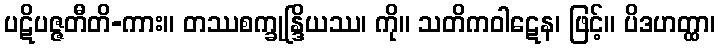
ပဋိပဇ္ဇတီတိ-ကား။ တဿစက္ခုန္ဒြိယဿ၊ ကို။ သတိကဝါဋေန၊ ဖြင့်။ ပိဒဟတ္ထာ၊